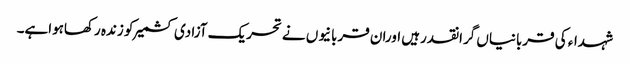
شہداء کی قربانیاں گرانقدرہیں اوران قربانیوں نے تحریک آزادی کشمیرکو زندہ رکھاہواہے۔